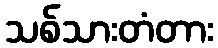
သစ်သားတံတား